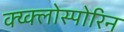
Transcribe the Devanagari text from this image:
क्य्क्लोस्पोरिन